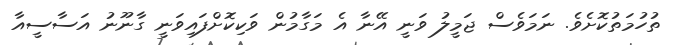
ތުހުމަތުކޮށެވެ. ނަމަވެސް ޖަމީލު ވަނީ އޭނާ އެ މަގާމުން ވަކިކޮށްފައިވަނީ ގާނޫނު އަސާސީއާ